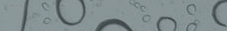
مقهى النيل: قهوة عربية وو